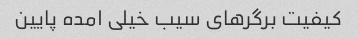
کیفیت برگر‌های سیب خیلی امده پایین